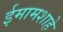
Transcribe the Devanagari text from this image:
ईमामशाहे